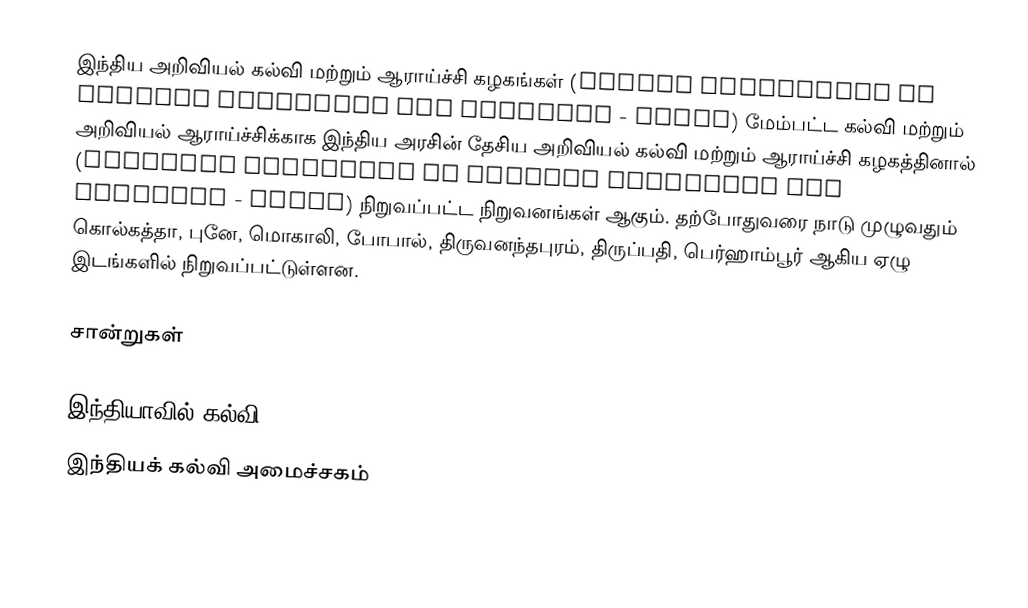
இந்திய அறிவியல் கல்வி மற்றும் ஆராய்ச்சி கழகங்கள் (Indian Institutes of Science Education and Research - IISER) மேம்பட்ட கல்வி மற்றும் அறிவியல் ஆராய்ச்சிக்காக இந்திய அரசின் தேசிய அறிவியல் கல்வி மற்றும் ஆராய்ச்சி கழகத்தினால் (National Institute of Science Education and Research - NISER) நிறுவப்பட்ட நிறுவனங்கள் ஆகும். தற்போதுவரை நாடு முழுவதும் கொல்கத்தா, புனே, மொகாலி, போபால், திருவனந்தபுரம், திருப்பதி, பெர்ஹாம்பூர் ஆகிய ஏழு இடங்களில் நிறுவப்பட்டுள்ளன.

சான்றுகள்

இந்தியாவில் கல்வி
இந்தியக் கல்வி அமைச்சகம்